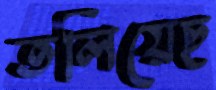
তলিয়েছ